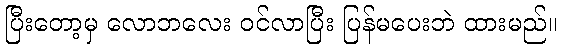
ပြီးတော့မှ လောဘလေး ဝင်လာပြီး ပြန်မပေးဘဲ ထားမည်။